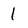
Character: 1